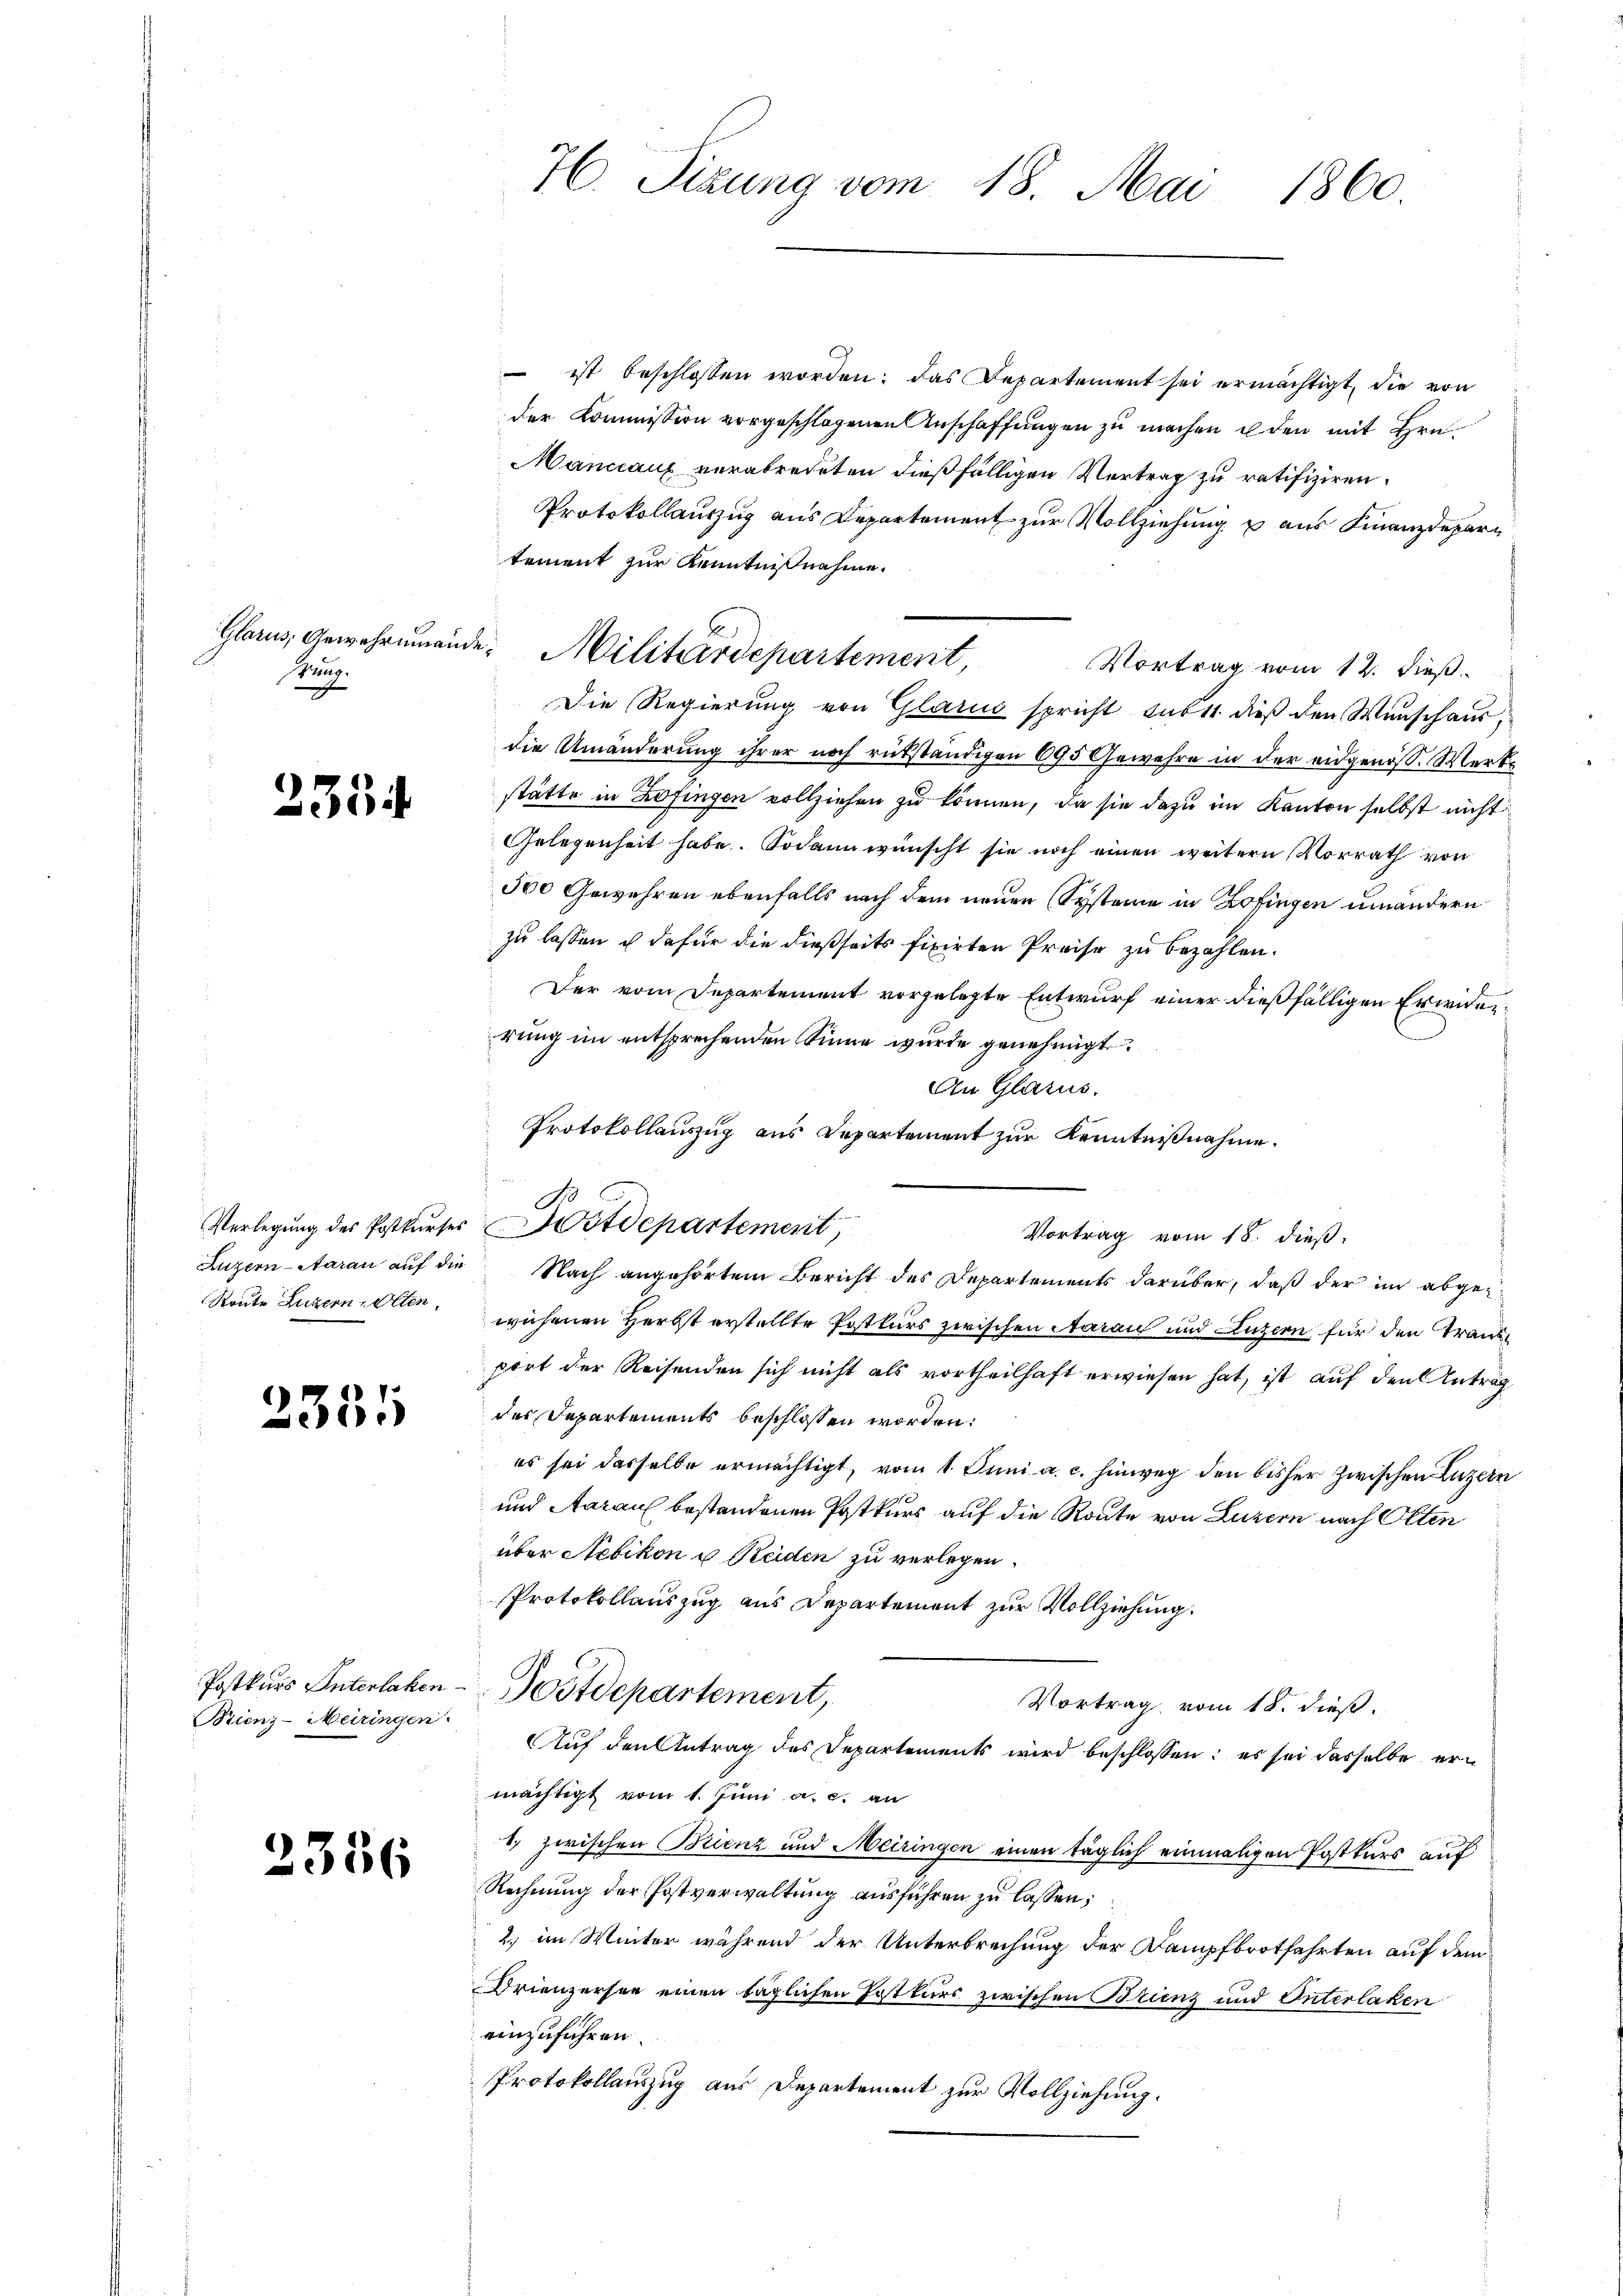
Sung.

2354.

Route Luzern Olten,

2351

Postkurs Unterlaken
Brienz-Meiringen.

2356

ist beschlossen worden; das Departement sei ermächtigt, die von
der Kommission vorgeschlagenen Anschaffungen zu machen u den mit Hrn.
Manciaux verabredeten dießfälligen Vertrag zu ratifiziren.
Protokollauszug aus Departement zur Vollziehung aus Finanzdepartement zur Kenntnißnahme.
Vortrag vom 12. dieß.
Die Regierung von Glarus spricht sub 11 dieß den Wunschausdie Umänderung ihrer noch rükständigen 695 Gewehre in der eidgenöß. Werkstätte in Zofingen vollziehen zu können, da sie dazu im Kanton selbst nicht
Gelegenheit habe. Sodann wünscht sie noch einen weitern Vorrath von
500 Gewehren ebenfalls nach dem neuen Systeme in Zofingen umändern
zu lassen u dafür die dießseits fixirten Preise zu bezahlen.
Der vom Departement vorgelegte Entwurf einer dießfälligen Erwiderrung im entsprechenden Sinne wurde genehmigt.
An Glarus.
Protokollauszug aus Departement zur Kenntnißnahme.
Verlegung des Postkurses stdepartement,
Vortrag vom 18. dieß.
Luzern-Aarau auf die Nach angehörtem Bericht des Departements darüber, daß der im abgewichenen Herbst erstellte Postkurs zwischen Aarau und Luzern für den Trausport der Reisenden sich nicht als vortheilhaft erwiesen hat, ist auf den Antrag
des Departements beschlossen worden.
es sei dasselbe ermächtigt, vom 1. Juni a. c. hinweg den bisher zwischen Luzern
und Aarau bestandenen Postkurs auf die Route von Luzern nach Olten
über Nebikon u Reiden zu verlegen.
Protokollauszug aus Departement zur Vollziehung.
Postdepartement,
Vortrag vom 18. dieß.
Auf den Antrag des Departements wird beschlossen: es sei derselbe ermächtigt vom 1. Juni a. c. an
) zwischen Bienz und Meiringen einen täglich einmaligen Postkurs auf
Rechnung der Postverwaltung ausführen zu lassen;
2) im Winter während der Unterbrechung der Kampfbootfahrten auf dem
Drienzersee einen täglichen Postkurs zwischen Brinz und Interlaken
einzuführen.
Protokollauszug aus Departement zur Vollziehung.

76. Sizung vom 18. Mai 1860.

Glarus, Gewehrenende Militärdepartement,

B